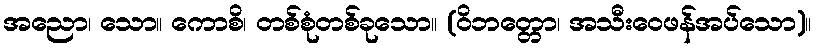
အညော၊ သော။ ကောစိ၊ တစ်စုံတစ်ခုသော။ (ဝိဘတ္တော၊ အသီးဝေဖန်အပ်သော)။